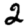
Digit: 2